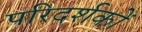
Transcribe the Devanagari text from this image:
परिदर्शकों